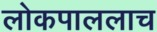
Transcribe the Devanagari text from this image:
लोकपाललाच